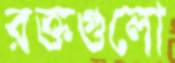
রক্তগুলো